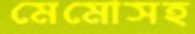
মেমোসহ